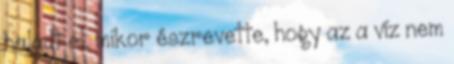
haladt el, mikor észrevette, hogy az a víz nem